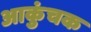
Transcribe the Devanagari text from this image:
आकुंचक